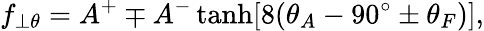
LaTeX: f_{\perp\theta}=A^{+}\mp A^{-}\operatorname{tanh}[8(\theta_{A}-90^{\circ}\pm\theta_{F})],